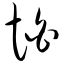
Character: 怕